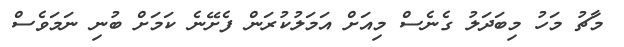
މާޗު މަހު މިބަދަލު ގެނެސް މިއަށް އަމަލުކުރަން ފެށޭނެ ކަމަށް ބުނި ނަމަވެސް